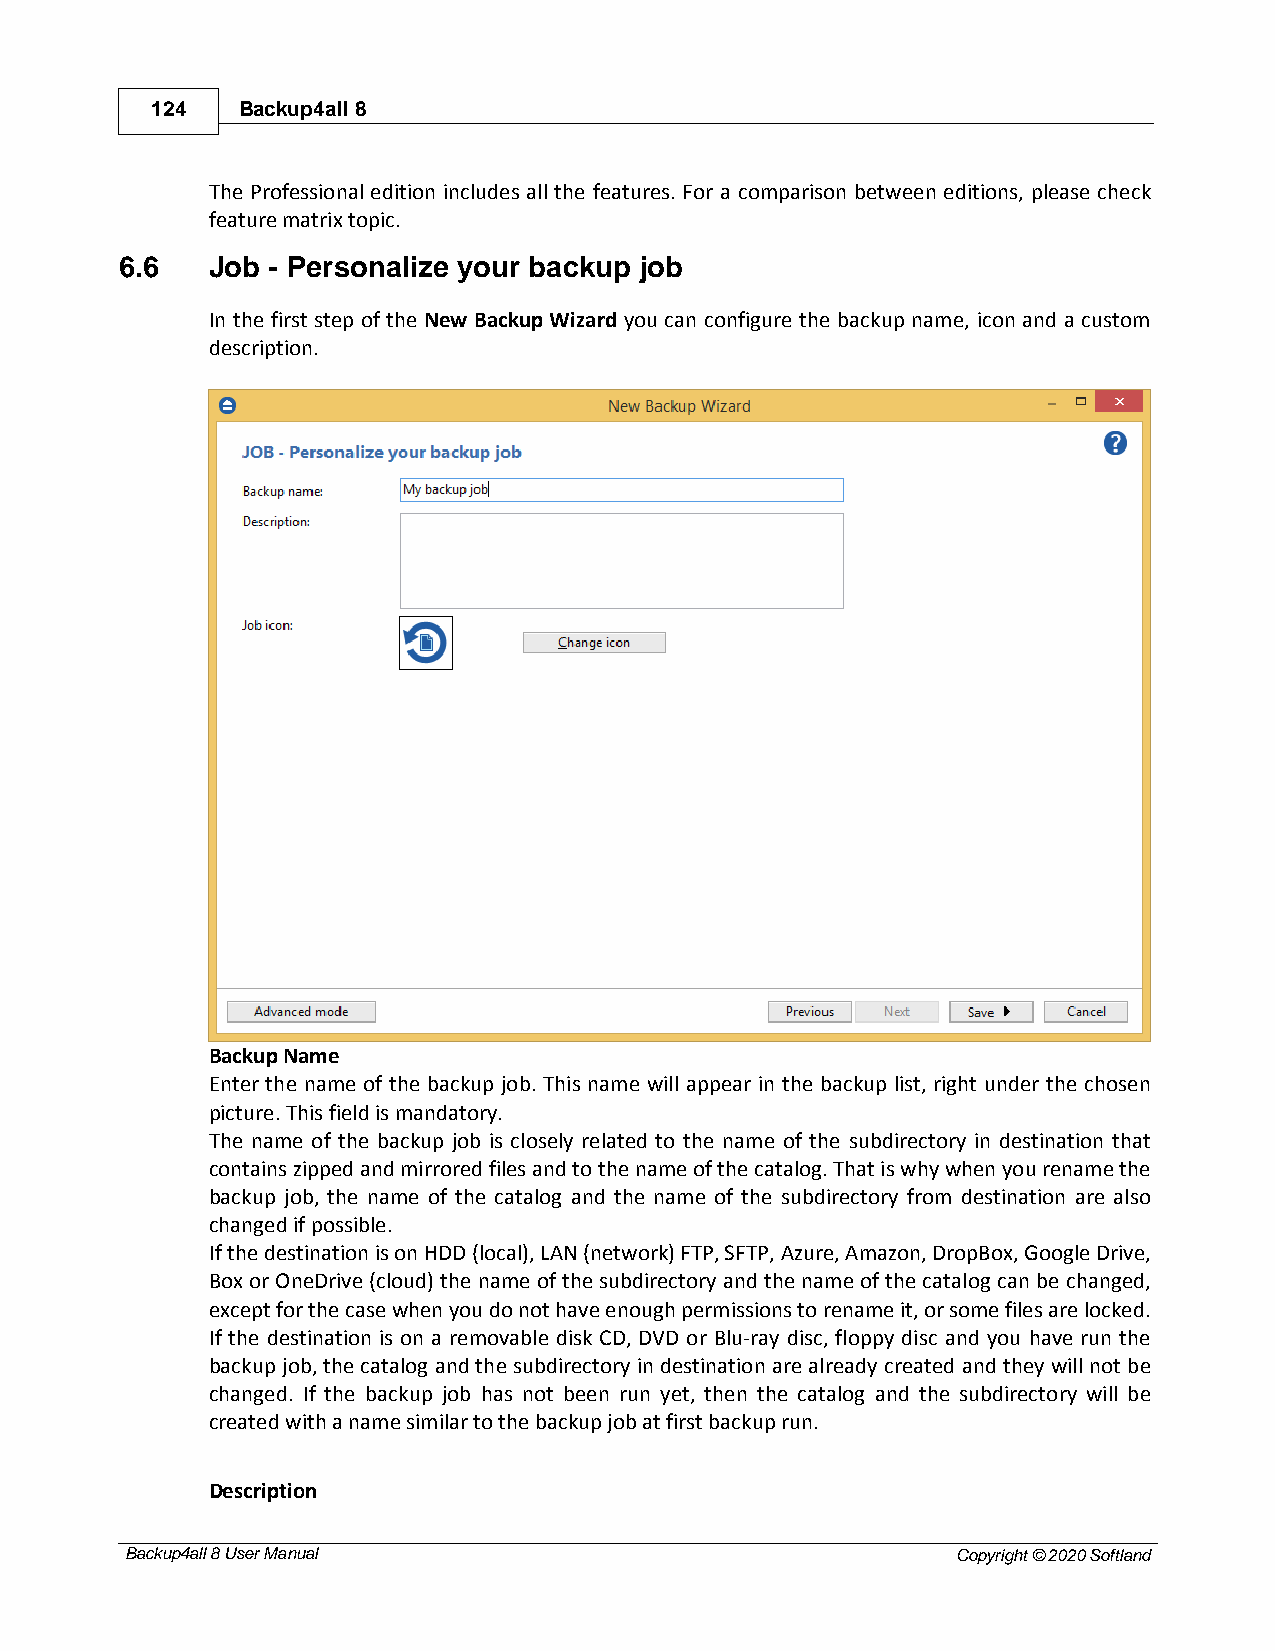
124   Backup4all 8
 The Professional edition includes all the features. For a comparison between editions, please check
 feature matrix topic.
 6.6   Job - Personalize your backup job
 In the first step of the New Backup Wizard you can configure the backup name, icon and a custom
 description.
 Backup Name
 Enter the name of the backup job. This name will appear in the backup list, right under the chosen
 picture. This field is mandatory.
 The name of the backup job is closely related to the name of the subdirectory in destination that
 contains zipped and mirrored files and to the name of the catalog. That is why when you rename the
 backup job, the name of the catalog and the name of the subdirectory from destination are also
 changed if possible.
 If the destination is on HDD (local), LAN (network) FTP, SFTP, Azure, Amazon, DropBox, Google Drive,
 Box or OneDrive (cloud) the name of the subdirectory and the name of the catalog can be changed,
 except for the case when you do not have enough permissions to rename it, or some files are locked.
 If the destination is on a removable disk CD, DVD or Blu-ray disc, floppy disc and you have run the
 backup job, the catalog and the subdirectory in destination are already created and they will not be
 changed. If the backup job has not been run yet, then the catalog and the subdirectory will be
 created with a name similar to the backup job at first backup run.
 Description
 Backup4all 8 User Manual                               Copyright © 2020 Softland